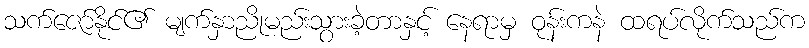
သက်ဇော်နိုင်၏ မျက်နှာညိုမည်းသွားခဲ့တာနှင့် နေရာမှ ဝုန်းကနဲ ထရပ်လိုက်သည်က